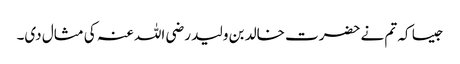
جیسا کہ تم نے حضرت خالد بن ولید رضی اللہ عنہ کی مثال دی۔